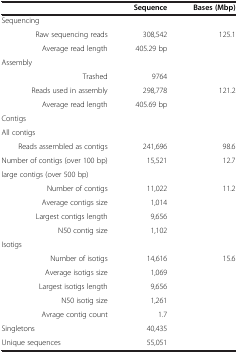
<table><thead><tr><td><b> </b></td><td><b>Sequence</b></td><td><b>Bases (Mbp)</b></td></tr></thead><tbody><tr><td>Sequencing</td><td> </td><td> </td></tr><tr><td>Raw sequencing reads</td><td>308,542</td><td>125.1</td></tr><tr><td>Average read length</td><td>405.29 bp</td><td> </td></tr><tr><td>Assembly</td><td> </td><td> </td></tr><tr><td>Trashed</td><td>9764</td><td> </td></tr><tr><td>Reads used in assembly</td><td>298,778</td><td>121.2</td></tr><tr><td>Average read length</td><td>405.69 bp</td><td> </td></tr><tr><td>Contigs</td><td> </td><td> </td></tr><tr><td>All contigs</td><td> </td><td> </td></tr><tr><td>Reads assembled as contigs</td><td>241,696</td><td>98.6</td></tr><tr><td>Number of contigs (over 100 bp)</td><td>15,521</td><td>12.7</td></tr><tr><td>large contigs (over 500 bp)</td><td> </td><td> </td></tr><tr><td>Number of contigs</td><td>11,022</td><td>11.2</td></tr><tr><td>Average contigs size</td><td>1,014</td><td> </td></tr><tr><td>Largest contigs length</td><td>9,656</td><td> </td></tr><tr><td>N50 contig size</td><td>1,102</td><td> </td></tr><tr><td>Isotigs</td><td> </td><td> </td></tr><tr><td>Number of isotigs</td><td>14,616</td><td>15.6</td></tr><tr><td>Average isotigs size</td><td>1,069</td><td> </td></tr><tr><td>Largest isotigs length</td><td>9,656</td><td> </td></tr><tr><td>N50 isotig size</td><td>1,261</td><td> </td></tr><tr><td>Avrage contig count</td><td>1.7</td><td> </td></tr><tr><td>Singletons</td><td>40,435</td><td> </td></tr><tr><td>Unique sequences</td><td>55,051</td><td> </td></tr></tbody></table>